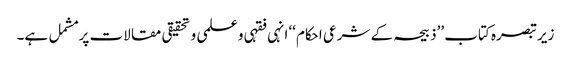
زیر تبصرہ کتاب ’’ذبیحہ کے شرعی احکام‘‘ انہی فقہی وعلمی و تحقیقی مقالات پر مشمل ہے۔